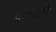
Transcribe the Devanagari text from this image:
नन्न्य्याने